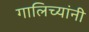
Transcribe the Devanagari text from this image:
गालिच्यांनी